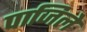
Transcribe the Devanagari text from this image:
पाजिले